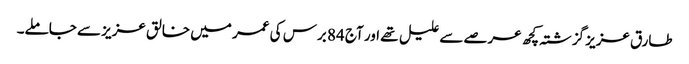
طارق عزیز گزشتہ کچھ عرصے سے علیل تھے اور آج 84 برس کی عمر میں خالق عزیز سے جاملے۔